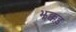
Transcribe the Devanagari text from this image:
झक्कड़